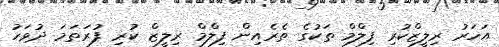
އަހަރު ރިލީޒްކުރި ފިލްމް ތަކުގެ ތެރެއިން ފިލްމް ރިލީޒް ކުރި ފުރަތަމަ ދުވަހު